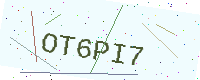
Text: OT6PI7